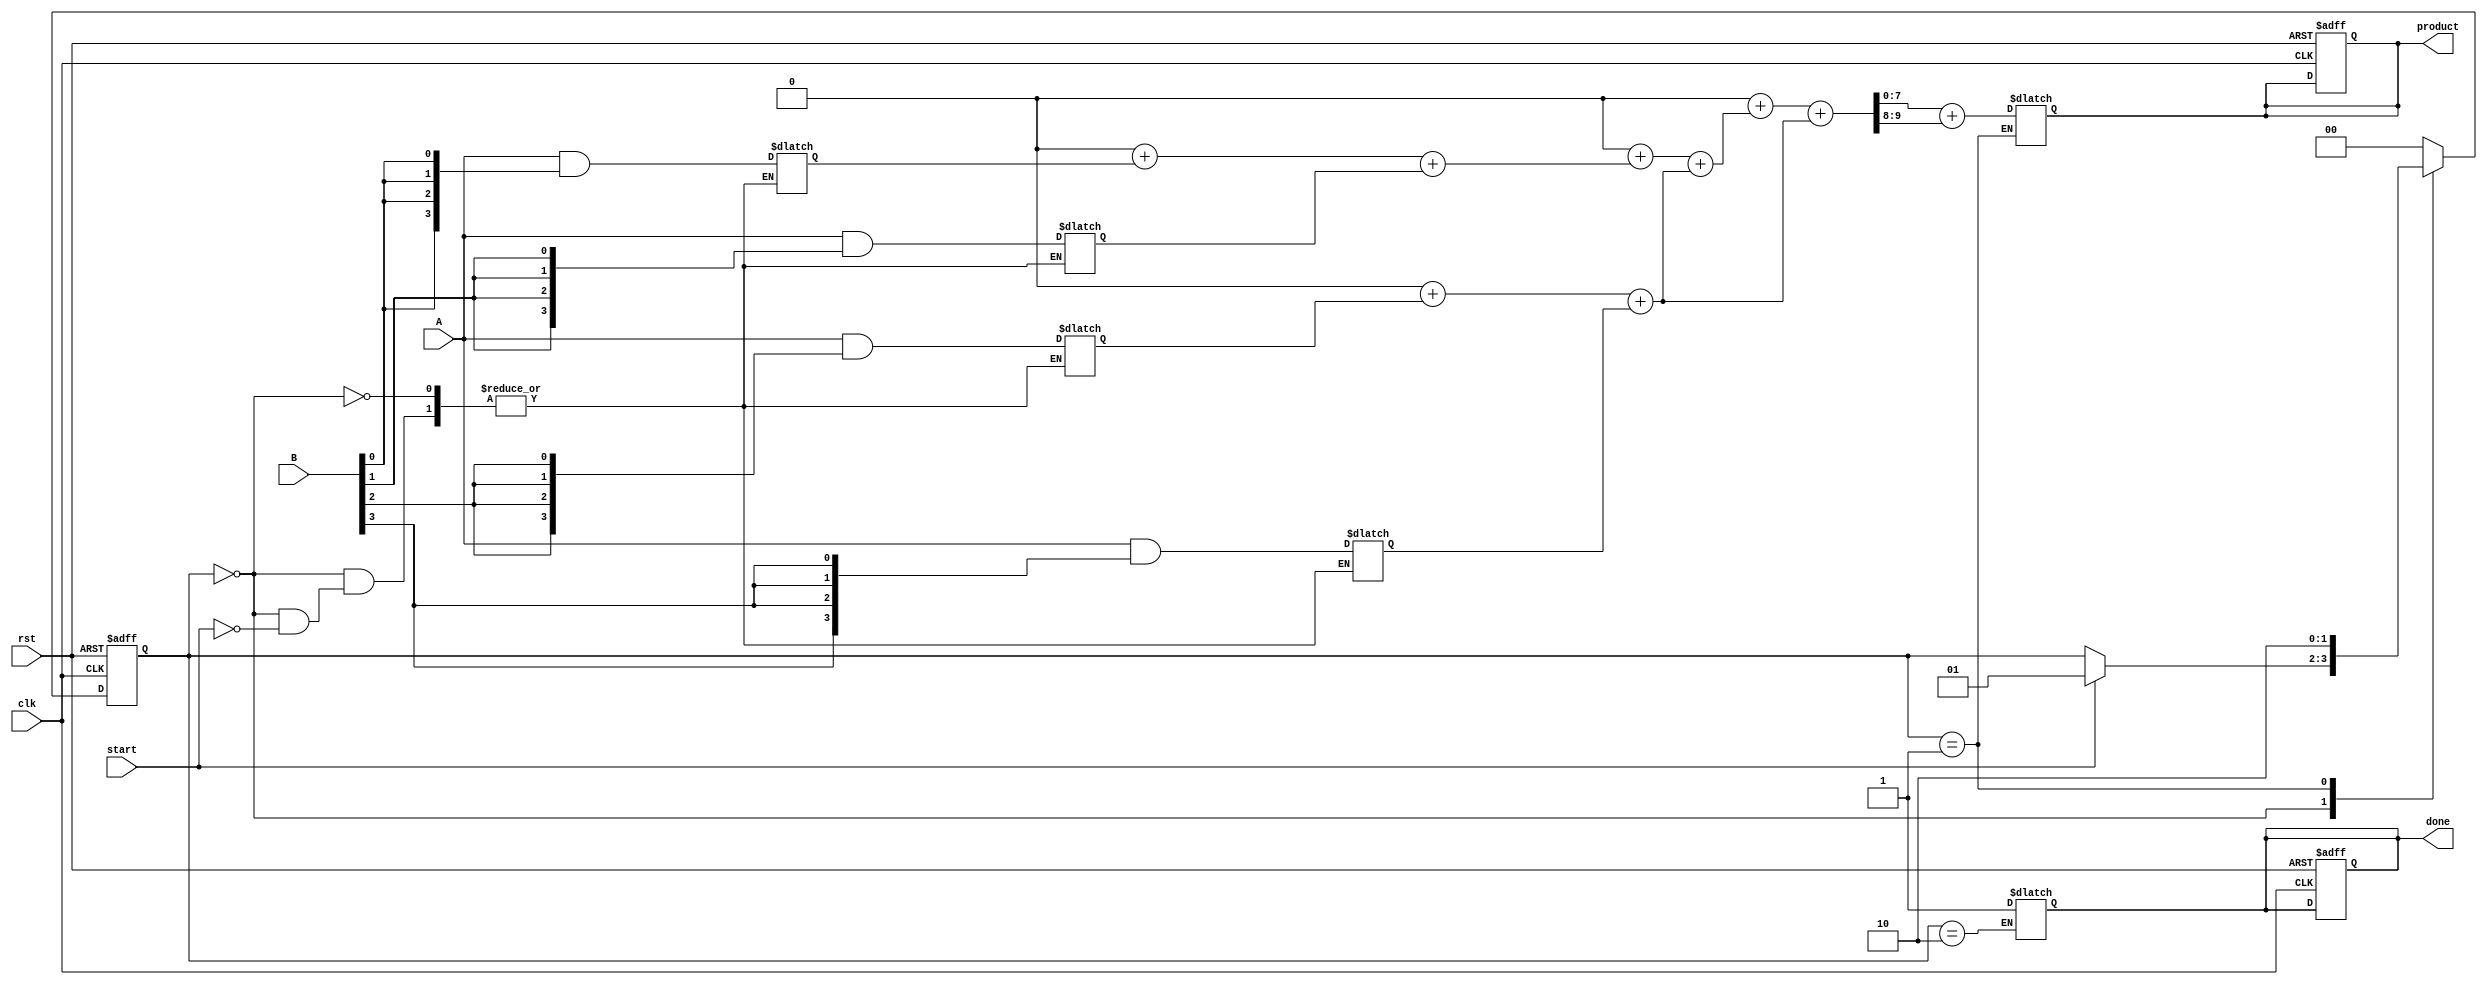
module WallaceTreeMultiplier
#(parameter N = 4) // Number of bits for inputs A and B
(
    input clk,
    input rst,
    input [N-1:0] A,
    input [N-1:0] B,
    input start,
    output reg [2*N-1:0] product,
    output reg done
);

localparam ST_IDLE = 2'b00, ST_COMPUTE = 2'b01, ST_OUTPUT = 2'b10;
reg [1:0] state, next_state;
reg [N-1:0] partial_products [0:N-1]; // Array of partial products
reg [2*N-1:0] sum [0:N-1];             // Sums of partial products
reg [2*N-1:0] carry [0:N-1];           // Carries from CSA
reg [N-1:0] pp_temp [0:N-1];           // Temporary register for partial products

integer i, j;

always @(posedge clk or posedge rst) begin
    if (rst) begin
        state <= ST_IDLE;
        product <= 0;
        done <= 0;
    end else begin
        state <= next_state;
    end
end

always @(*) begin
    next_state = state;
    case (state)
        ST_IDLE: begin
            if (start) begin
                // Generate partial products
                for (i = 0; i < N; i = i + 1) begin
                    pp_temp[i] = A & {N{B[i]}};
                end
                next_state = ST_COMPUTE;
            end
        end
        
        ST_COMPUTE: begin
            // Implement Wallace tree reduction
            // First combine pairs of partial products with CSAs
            for (i = 0; i < N; i = i + 1) begin
                sum[i] = {1'b0, pp_temp[i]};
                carry[i] = 0;
            end
            
            // Reduce partial products using CSAs
            for (j = 0; j < N-1; j = j+1) begin
                for (i = 0; i < (N-j)/2; i = i + 1) begin
                    // Combine two inputs with a CSA
                    {carry[i], sum[i]} = carry[i] + sum[2*i] + sum[2*i + 1];
                end
            end
            
            // Final carry-save reduction
            product = sum[0] + carry[0];
            next_state = ST_OUTPUT;
        end
        
        ST_OUTPUT: begin
            done = 1;
            next_state = ST_IDLE;
        end
        
        default: next_state = ST_IDLE;
    endcase
end

endmodule